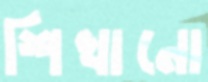
শিখানো